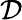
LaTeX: \mathcal{D}